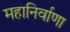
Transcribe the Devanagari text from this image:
महानिर्वाणा